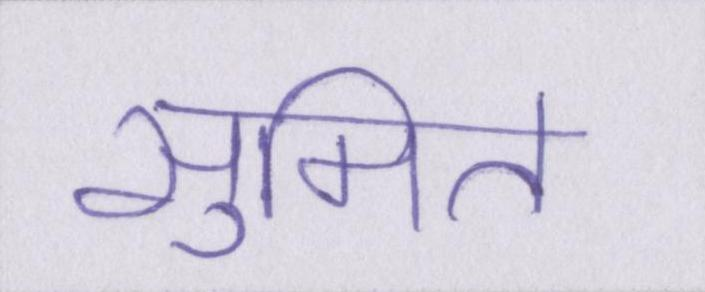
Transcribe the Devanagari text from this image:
सुमित